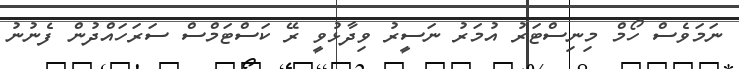
ނަމަވެސް ހޯމް މިނިސްޓަރު އުމަރު ނަސީރު ވިދާޅުވީ ރޭ ކަސްޓަމްސް ސަރަހައްދުން ފެނުނު